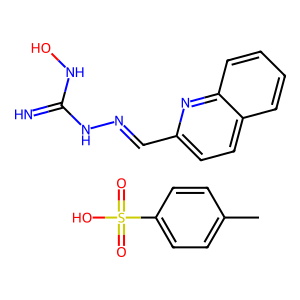
SMILES: Cc1ccc(S(=O)(=O)O)cc1.N=C(NO)NN=Cc1ccc2ccccc2n1
Inhibits HIV replication: No